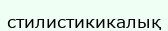
стилистикикалық